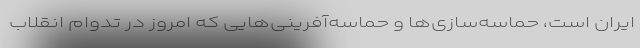
ایران است، حماسه‌سازی‌ها و حماسه‌آفرینی‌هایی که امروز در تدوام انقلاب